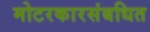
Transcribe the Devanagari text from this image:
मोटरकारसंबधित